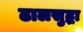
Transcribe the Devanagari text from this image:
ढालसुद्धा